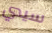
سيدي